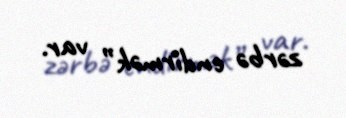
zərbə endirmək” var.